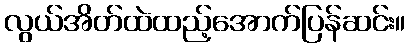
လွယ်အိတ်ထဲထည့်အောက်ပြန်ဆင်း။